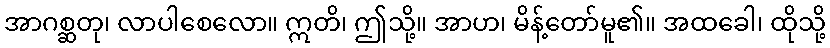
အာဂစ္ဆတု၊ လာပါစေလော။ ဣတိ၊ ဤသို့။ အာဟ၊ မိန့်တော်မူ၏။ အထခေါ၊ ထိုသို့